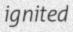
ignited